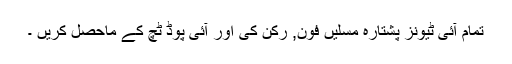
تمام آئی ٹیونز پشتارہ مسلیں فون, رکن کی اور آئی پوڈ ٹچ کے ماحصل کریں ۔